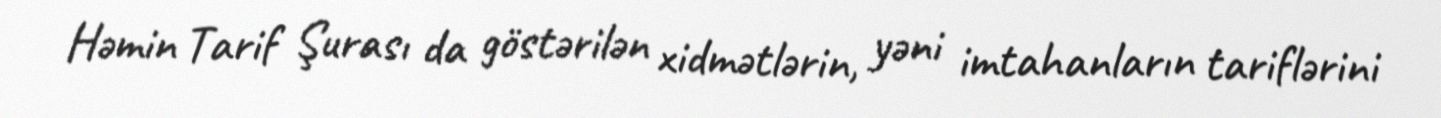
Həmin Tarif Şurası da göstərilən xidmətlərin, yəni imtahanların tariflərini